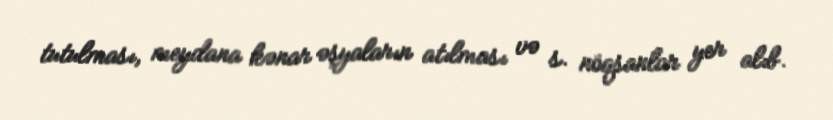
tutulması, meydana kənar əşyaların atılması və s. nöqsanlar yer alıb.